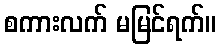
စကားလက် မမြင်ရက်။